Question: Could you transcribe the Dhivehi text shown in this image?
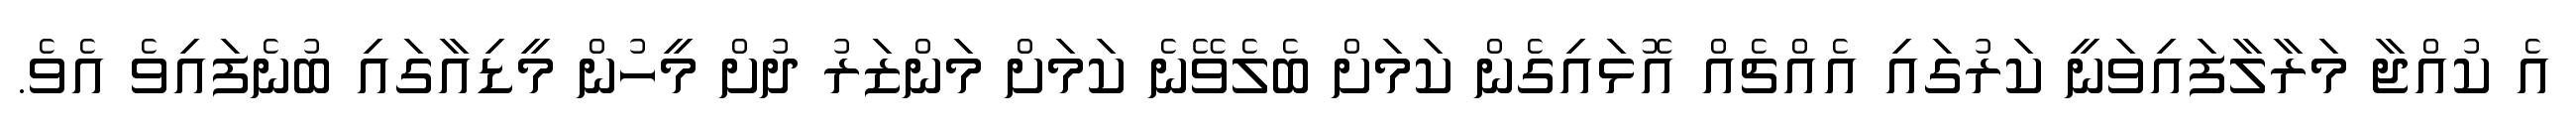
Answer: އެ ކުއްޖާ މަރާލާފައިވަނީ ކަރުގައި އެއްޗެއް އޮޅައިގެން ކަމަށް ބެލެވޭނެ ކަމަށް މަންޒަރު ދުށް މީހުން މީޑިއާގައި ބުނެފައިވެ އެވެ.